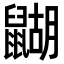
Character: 𪕱